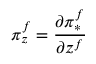
\pi _ { z } ^ { f } = { \frac { \partial \pi _ { * } ^ { f } } { \partial z ^ { f } } }